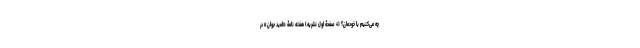
چه می‌کنیم با خودمان؟ (+ صفحۀ اول نشریه) هفته نامۀ «امید جوان» در